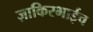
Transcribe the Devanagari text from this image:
ज़ाकिरभाईच